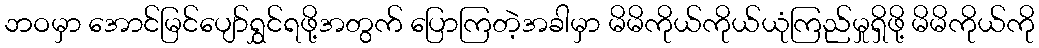
ဘဝမှာ အောင်မြင်ပျော်ရွှင်ရဖို့အတွက် ပြောကြတဲ့အခါမှာ မိမိကိုယ်ကိုယ်ယုံကြည်မှုရှိဖို့ မိမိကိုယ်ကို